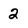
Character: 2